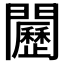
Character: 𨷦